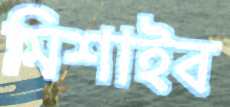
মিশাইব